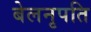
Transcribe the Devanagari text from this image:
बेलनृपति